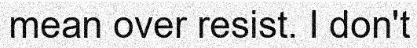
mean over resist. I don't